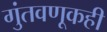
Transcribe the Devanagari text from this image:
गुंतवणूकही